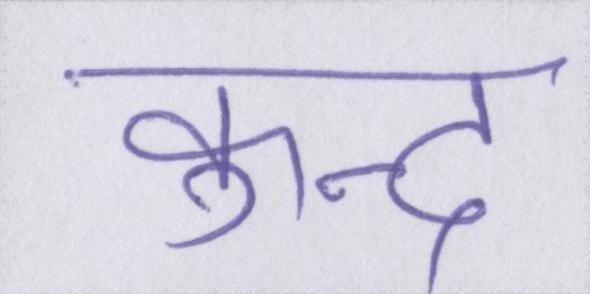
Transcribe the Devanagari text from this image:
कुन्द